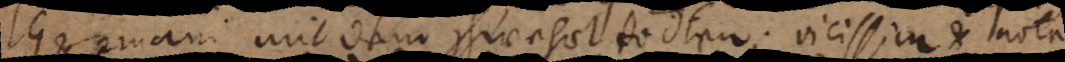
Germani mit dem schwehrt tödten; vicissim et nota